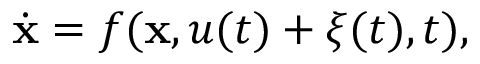
{ \dot { \mathbf { x } } } = f ( \mathbf { x } , u ( t ) + \xi ( t ) , t ) ,